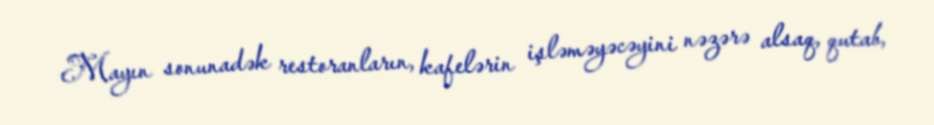
Mayın sonunadək restoranların, kafelərin işləməyəcəyini nəzərə alsaq, qutab,